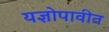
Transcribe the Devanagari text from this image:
यज्ञोपावीत